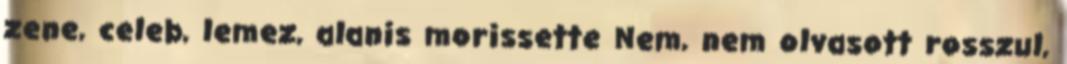
zene, celeb, lemez, alanis morissette Nem, nem olvasott rosszul,